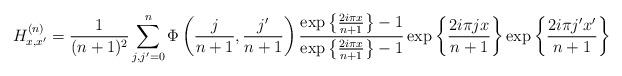
LaTeX: \begin{align*}&H_{x,x'}^{(n)}=\frac{1}{(n+1)^2}\sum_{j,j'=0}^n\Phi\left(\frac{ j}{n+1}, \frac{ j'}{n+1}\right)\frac{\exp\left\{\frac{ 2 i\pi x}{n+1}\right\}-1}{\exp\left\{\frac{ 2 i\pi x}{n+1}\right\}-1}\exp\left\{\frac{ 2 i\pi jx}{n+1}\right\} \exp\left\{\frac{ 2i\pi j'x'}{n+1}\right\} \end{align*}